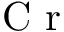
\mathrm { ~ \textit ~ { ~ C ~ r ~ } ~ }